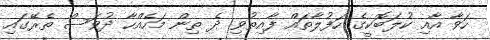
ހަވާ އާއި ކުލަބޮކީގެ ހަފުލާތައް ފާއިތުވި ދެ ތިން މަހެއްހާ ދުވަސް ތެރޭގައި